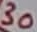
Text: 30